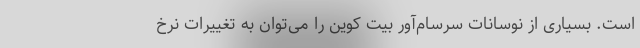
است. بسیاری از نوسانات سرسام‌آور بیت کوین را می‌توان به تغییرات نرخ